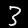
Label: 3